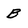
Character: B